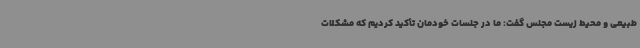
طبیعی و محیط زیست مجلس گفت: ما در جلسات خودمان تأکید کردیم که مشکلات